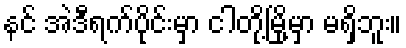
နင် အဲဒီရက်ပိုင်းမှာ ငါတို့မြို့မှာ မရှိဘူး။